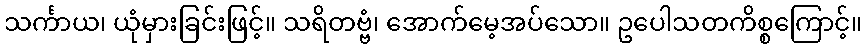
သင်္ကာယ၊ ယုံမှားခြင်းဖြင့်။ သရိတဗ္ဗံ၊ အောက်မေ့အပ်သော။ ဥပေါသတကိစ္စကြောင့်။